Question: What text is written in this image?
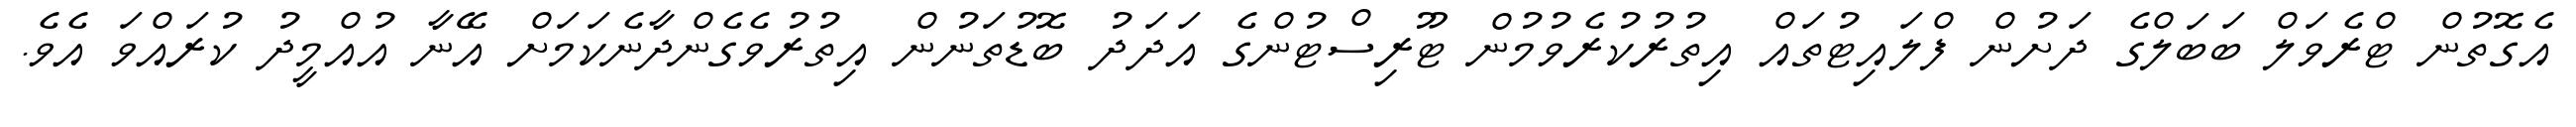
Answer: އެގޮތުން ޓްރެވަލް ބަބަލްގެ ދަށުން ފްލައިޓުތައް އިތުރުކުރެވުމުން ޓޫރިސްޓުންގެ އަދަދު ބޮޑުތަނުން އިތުރުވެގެންދާނެކަމަށް އޭނާ އުއްމީދު ކުރައްވަ އެވެ.